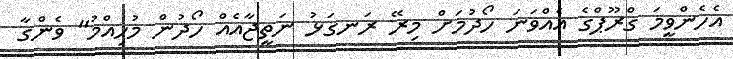
އެހެންވީމަ ގްރޫޕްގެ އެއްވަނަ ހޯދުމަށް މިރޭ ރަނގަޅު ނަތީޖާއެއް ހޯދުން މުހިއްމު" ވެންގާ